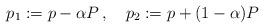
LaTeX: \begin{align*}p_{1} := p - \alpha P\, , \quad p_{2} := p + (1-\alpha) P\end{align*}